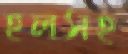
হলসহ